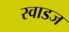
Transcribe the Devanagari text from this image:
स्वाडज